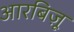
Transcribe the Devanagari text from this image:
आरबिज़ू